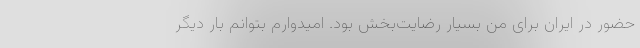
حضور در ایران برای من بسیار رضایت‌بخش بود. امیدوارم بتوانم بار دیگر